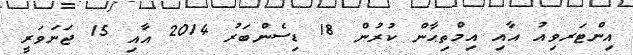
އިންޓަރވިއު އާއި އިމްތިޙާން ކުރުން 18 ޑިސެންބަރު 2014 އާއި 15 ޖަނަވަރީ